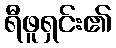
ရီဖူရှင်း၏